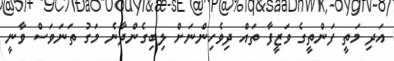
އަދި މަތީ ފަންތީގެ ވަޒީފާ ތައް ދިވެހިންނަށް ލިބިގެންދާނެ މަގު ތަނަވަސް ވާނީ